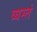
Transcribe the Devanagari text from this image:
व्यस्तं